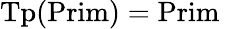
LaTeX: {\mathrm{Tp}}({\mathrm{Prim}})={\mathrm{Prim}}\,